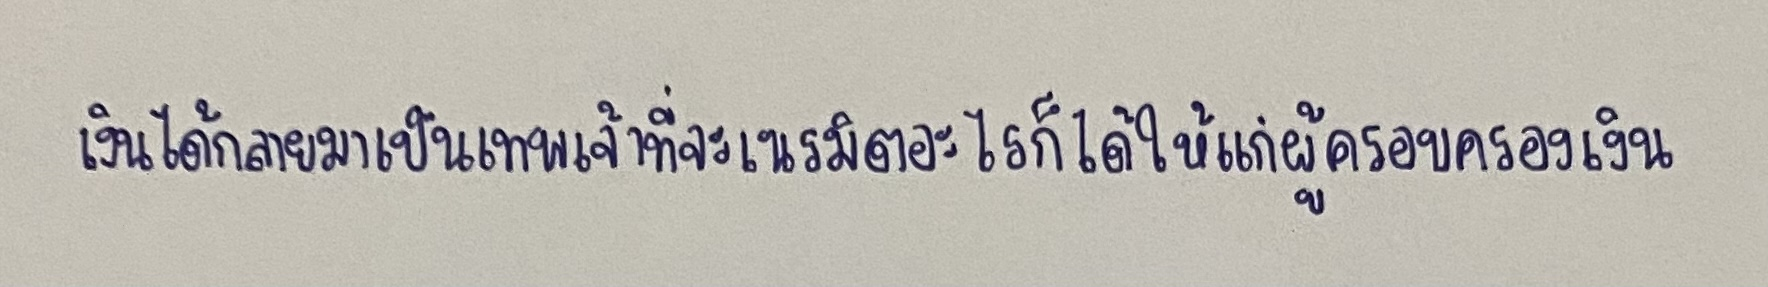
เงินได้กลายมาเป็นเทพเจ้าที่จะเนรมิตรอะไรก็ได้ให้แก่ผู้ครอบครองเงิน